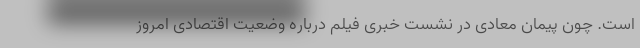
است. چون پیمان معادی در نشست خبری فیلم درباره وضعیت اقتصادی امروز